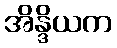
အိန္ဒိယက